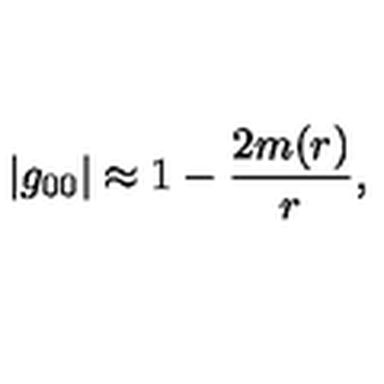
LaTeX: | g _ { 0 0 } | \approx 1 - \frac { 2 m ( r ) } { r } ,